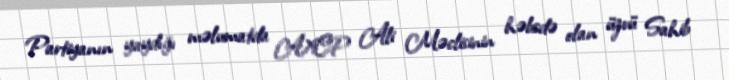
Partiyanın yaydığı məlumatda AXCP Ali Məclisinin həbsdə olan üzvü Sahib